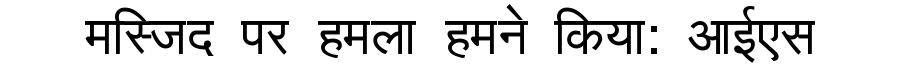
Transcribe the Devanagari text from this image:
मस्जिद पर हमला हमने किया: आईएस